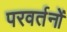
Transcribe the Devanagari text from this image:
परवर्तनों